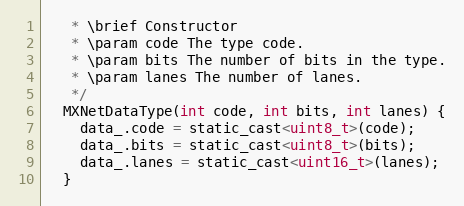
Language: C
   * \brief Constructor
   * \param code The type code.
   * \param bits The number of bits in the type.
   * \param lanes The number of lanes.
   */
  MXNetDataType(int code, int bits, int lanes) {
    data_.code = static_cast<uint8_t>(code);
    data_.bits = static_cast<uint8_t>(bits);
    data_.lanes = static_cast<uint16_t>(lanes);
  }